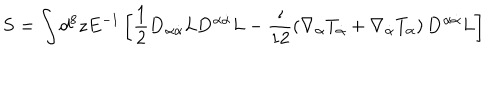
{ \bf S } = \int d ^ { 8 } z E ^ { - 1 } \left[ \frac { 1 } { 2 } { \bf D } _ { \alpha \dot { \alpha } } L { \bf D } ^ { \alpha \dot { \alpha } } L - \frac { \imath } { 1 2 } \left( \nabla _ { \alpha } T _ { \dot { \alpha } } + \nabla _ { \dot { \alpha } } T _ { \alpha } \right) { \bf D } ^ { \alpha \dot { \alpha } } L \right]